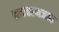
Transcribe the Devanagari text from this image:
वातावरणजन्य